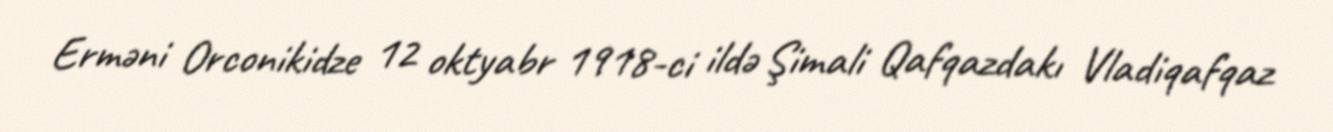
Erməni Orconikidze 12 oktyabr 1918-ci ildə Şimali Qafqazdakı Vladiqafqaz